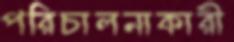
পরিচালনাকারী